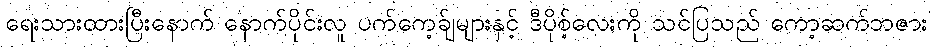
ရေးသားထားပြီးနောက် နောက်ပိုင်းလူ ပက်ကေ့ခ်ျများနှင့် ဒီပိုစ့်လေးကို သင်ပြသည် ကော့ဆက်ဘဇား